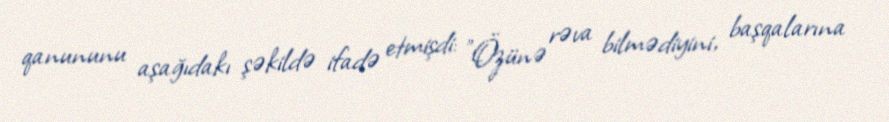
qanununu aşağıdakı şəkildə ifadə etmişdi: "Özünə rəva bilmədiyini, başqalarına